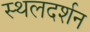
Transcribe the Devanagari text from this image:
स्थलदर्शन